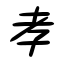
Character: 孝